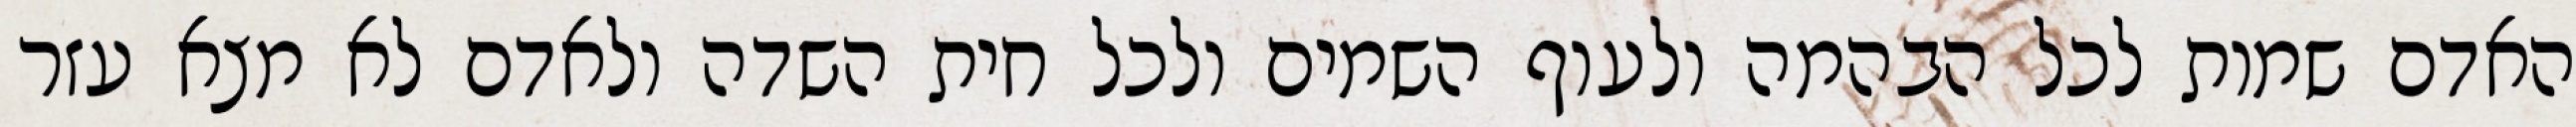
האדם שמות לכל הבהמה ולעוף השמים ולכל חית השדה ולאדם לא מצא עזר